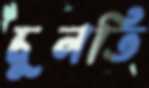
চুনতি